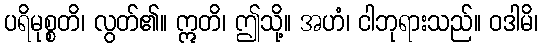
ပရိမုစ္စတိ၊ လွတ်၏။ ဣတိ၊ ဤသို့။ အဟံ၊ ငါဘုရားသည်။ ဝဒါမိ၊